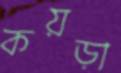
কয়ড়া